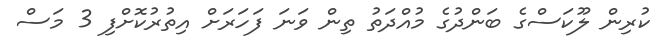
ކުރިން ލޫކަސްގެ ބަންދުގެ މުއްދަތު ތިން ވަނަ ފަހަރަށް އިތުރުކޮށްފި 3 މަސް